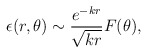
\begin{align*}\epsilon(r,\theta) \sim \frac{e^{-kr}}{\sqrt{kr}} F(\theta), \end{align*}